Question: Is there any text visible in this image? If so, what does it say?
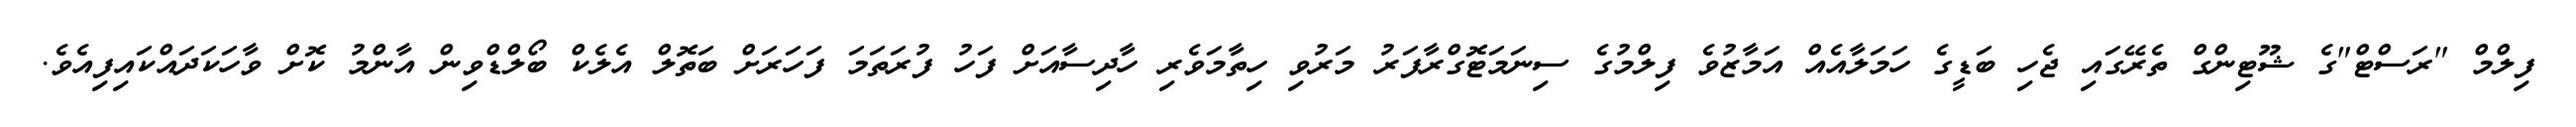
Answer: ފިލްމް "ރަސްޓް"ގެ ޝޫޓިންގް ތެރޭގައި ޖެހި ބަޑީގެ ހަމަލާއެއް އަމާޒުވެ ފިލްމުގެ ސިނަމަޓޮގްރާފަރު މަރުވި ހިތާމަވެރި ހާދިސާއަށް ފަހު ފުރަތަމަ ފަހަރަށް ބަތޮލް އެލެކް ބޯލްޑްވިން އާންމު ކޮށް ވާހަކަދައްކައިފިއެވެ.